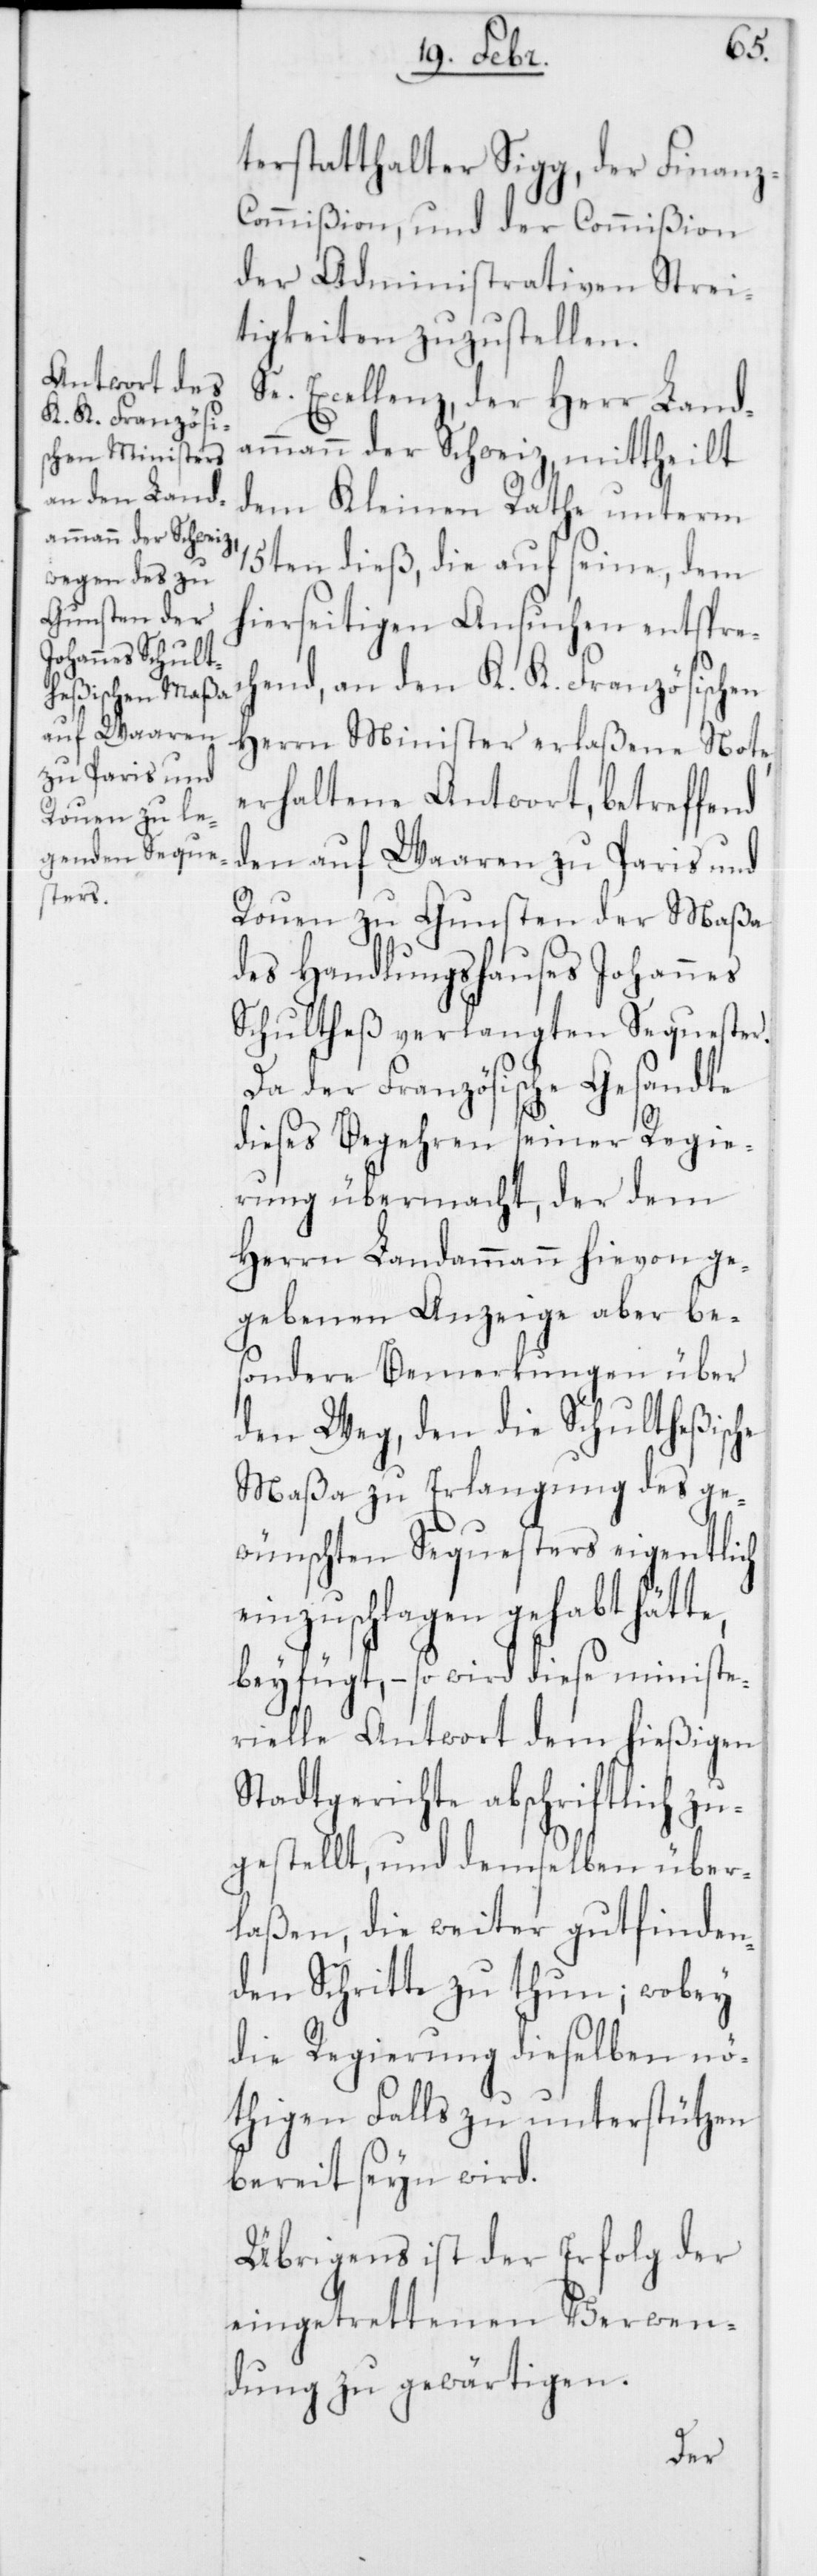
terstatthalter Sigg, der Finanz-C¬
ommißion und der Commißion
der Administrativen Strei¬
tigkeiten zuzustellen.
Excellenz, der Herr Land¬
ammann der Schweiz, mittheilt
dem Kleinen Rathe unterm
15ten dieß, die auf seine, dem
hierseitigen Ansuchen entsprec¬
hend, an den K. K. Französischen
Herrn Minister erlaßene Note,
erhaltene Antwort, betreffend
den auf Waaren zu Paris und
Rouen zu Gunsten der Maßa
des Handlungshauses Johannes
Schultheß verlangten Sequester.
Da der Französische Gesandte
dieses Begehren seiner Regie¬
rung übermacht, der dem
Herrn Landammann hievon ge¬
gebenen Anzeige aber be¬
sondere Bemerkungen über
den Weg, den die Schultheßische
Maßa zu Erlangung des ge¬
wünschten Sequesters eigentlich
einzuschlagen gehabt hätte,
beyfügt, – so wird diese ministe¬
rielle Antwort dem hießigen
Stadtgerichte abschriftlich zu¬
gestellt, und demselben über¬
laßen, die weiter gutfinden¬
den Schritte zu thun; wobey
die Regierung dieselben nö¬
thigen Falls zu unterstützen
bereit seyn wird.
Übrigens ist der Erfolg der
eingetrettenen Verwen¬
dung zu gewärtigen.